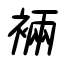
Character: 裲